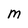
Character: M